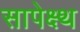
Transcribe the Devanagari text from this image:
सापेक्ष्थ